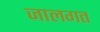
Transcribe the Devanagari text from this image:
जालगत